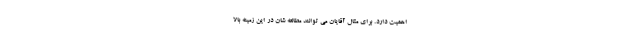
اهمیت دارد. برای مثال آقایان می توانند مطالعه شان در این زمینه بالا